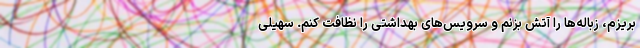
بریزم، زباله‌ها را آتش بزنم و سرویس‌های بهداشتی را نظافت کنم. سهیلی